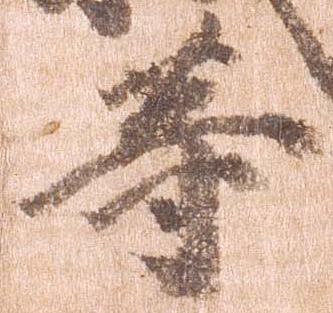
等